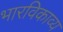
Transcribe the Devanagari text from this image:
भारविकाव्य